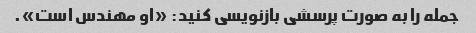
جمله را به صورت پرسشی بازنویسی کنید: «او مهندس است».